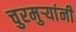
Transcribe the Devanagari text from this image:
चुरमुऱ्यांनी